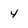
Character: 4